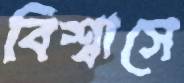
বিশ্বাসে